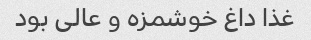
غذا داغ خوشمزه و عالی بود